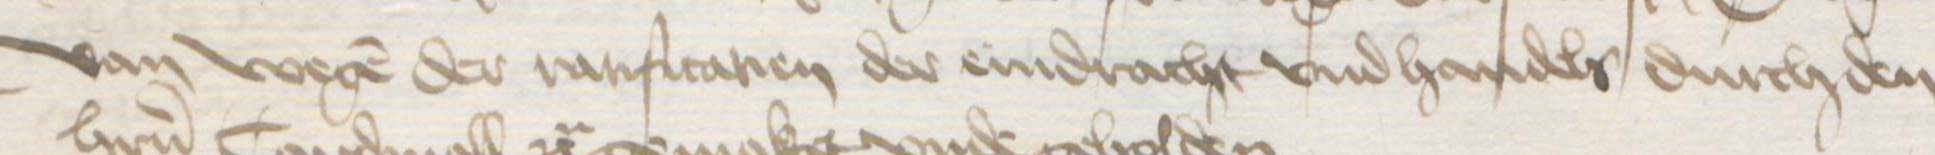
Van wegen der rarificatien der eindracht vnd handels durch den